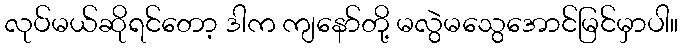
လုပ်မယ်ဆိုရင်တော့ ဒါက ကျနော်တို့ မလွဲမသွေအောင်မြင်မှာပါ။